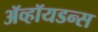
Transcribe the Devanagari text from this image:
ॲव्हॉयडन्स